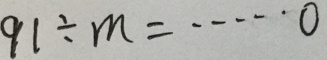
9 1 \div m = \cdots 0